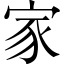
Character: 家